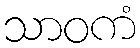
သာဝကံ